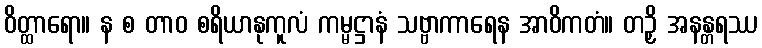
ဝိတ္ထာရော။ န စ တာဝ စရိယာနုကူလံ ကမ္မဋ္ဌာနံ သဗ္ဗာကာရေန အာဝိကတံ။ တဉှိ အနန္တရဿ